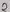
Text: 9